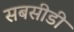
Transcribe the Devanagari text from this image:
सबसीडी